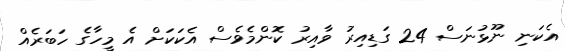
އެކަނި ނޫޅުނަސް 24 ގަޑިއިރު ވާއިރު ކޮންމެވެސް އެކަކަށް އެ މީހާގެ ހަބަރެއް